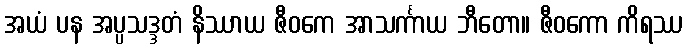
အယံ ပန အပ္ပသဒ္ဒတံ နိဿာယ ဇီဝကေ အာသင်္ကာယ ဘီတော။ ဇီဝကော ကိရဿ